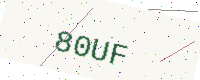
Text: 80UF